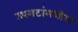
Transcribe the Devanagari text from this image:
उपगटांमधील